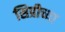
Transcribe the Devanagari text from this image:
सिप्रीच्या